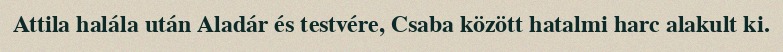
Attila halála után Aladár és testvére, Csaba között hatalmi harc alakult ki.